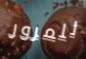
للمرور